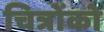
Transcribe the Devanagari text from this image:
चित्रोंको